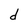
Character: d